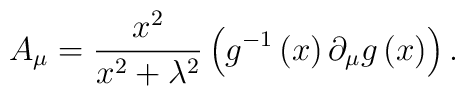
A_{\mu }=\frac{x^{2}}{x^{2}+\lambda ^{2}}\left( g^{-1}\left( x\right)\partial _{\mu }g\left( x\right) \right) .